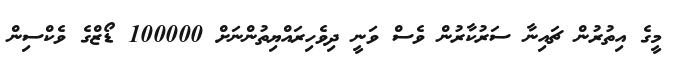
މީގެ އިތުރުން ޗައިނާ ސަރުކާރުން ވެސް ވަނީ ދިވެހިރައްޔިތުންނަށް 100000 ޑޯޒްގެ ވެކްސިން